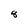
Character: 8